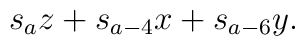
s_a z+ s_{a-4} x + s_{a-6} y.